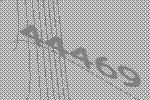
44469